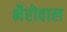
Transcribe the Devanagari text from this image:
भैरोवाल